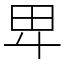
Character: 𤰞